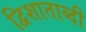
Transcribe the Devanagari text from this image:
द्विशाताब्दी